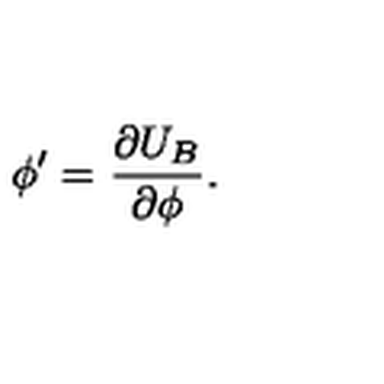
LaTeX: \phi ^ { \prime } = \frac { \partial U _ { B } } { \partial \phi } .